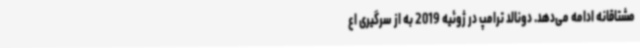
مشتاقانه ادامه می‌دهد. دونالد ترامپ در ژوئیه 2019 به از سرگیری اع